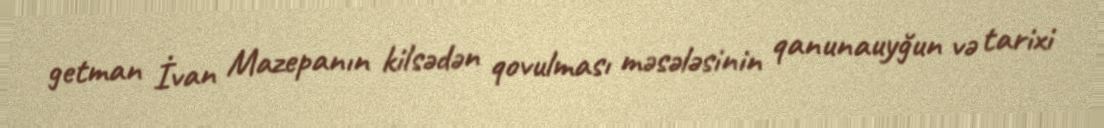
getman İvan Mazepanın kilsədən qovulması məsələsinin qanunauyğun və tarixi